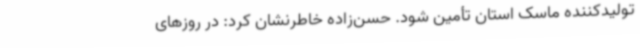
تولیدکننده ماسک استان تأمین شود. حسن‌زاده خاطرنشان کرد: در روزهای